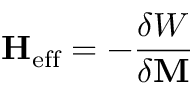
\mathbf { H } _ { \mathrm { e f f } } = - \frac { \delta W } { \delta \mathbf { M } }